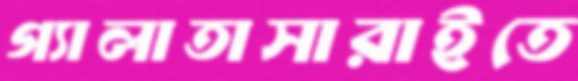
গ্যালাতাসারাইতে